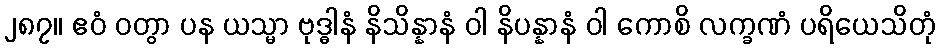
၂၈၇။ ဧဝံ ဝတွာ ပန ယသ္မာ ဗုဒ္ဓါနံ နိသိန္နာနံ ဝါ နိပန္နာနံ ဝါ ကောစိ လက္ခဏံ ပရိယေသိတုံ